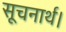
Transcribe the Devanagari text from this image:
सूचनार्थ।